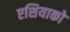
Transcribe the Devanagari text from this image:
एशियाको